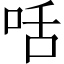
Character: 咶